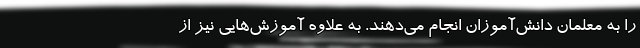
را به معلمان دانش‌آموزان انجام می‌دهند. به علاوه آموزش‌هایی نیز از